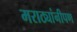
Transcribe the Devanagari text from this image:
मराठ्यांनीपण